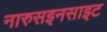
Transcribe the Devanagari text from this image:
नारुसइनसाइट